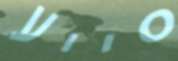
סייע